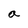
Character: a